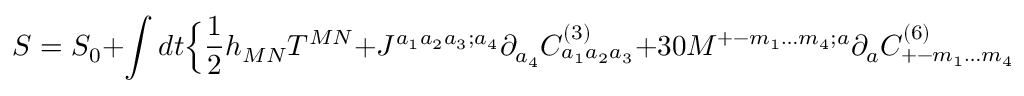
S = S _ { 0 } + \int d t \Big \{ { \frac { 1 } { 2 } } h _ { M N } T ^ { M N } + J ^ { a _ { 1 } a _ { 2 } a _ { 3 } ; a _ { 4 } } \partial _ { a _ { 4 } } C _ { a _ { 1 } a _ { 2 } a _ { 3 } } ^ { ( 3 ) } + 3 0 M ^ { + - m _ { 1 } \ldots m _ { 4 } ; a } \partial _ { a } C _ { + - m _ { 1 } \ldots m _ { 4 } } ^ { ( 6 ) } \Big \}